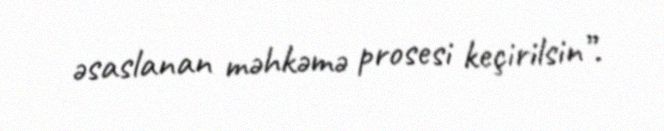
əsaslanan məhkəmə prosesi keçirilsin”.